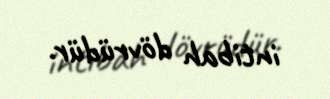
intibah dövrüdür.